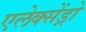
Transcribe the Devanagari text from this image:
एलेक्सेंड्रो